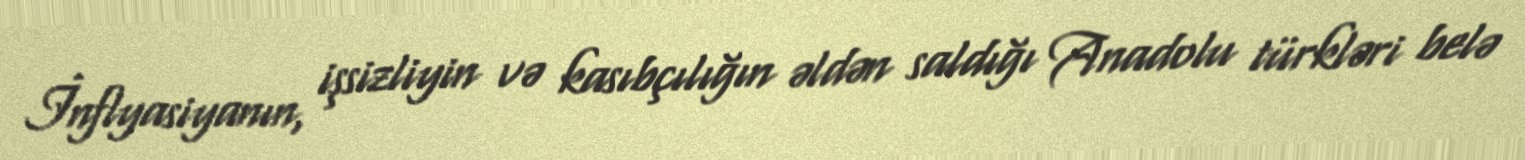
İnflyasiyanın, işsizliyin və kasıbçılığın əldən saldığı Anadolu türkləri belə